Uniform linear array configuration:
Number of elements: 32
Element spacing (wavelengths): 0.5
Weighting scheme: uniform
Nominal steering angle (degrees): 15
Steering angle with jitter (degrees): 13.425
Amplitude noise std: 0.05
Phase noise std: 0.05

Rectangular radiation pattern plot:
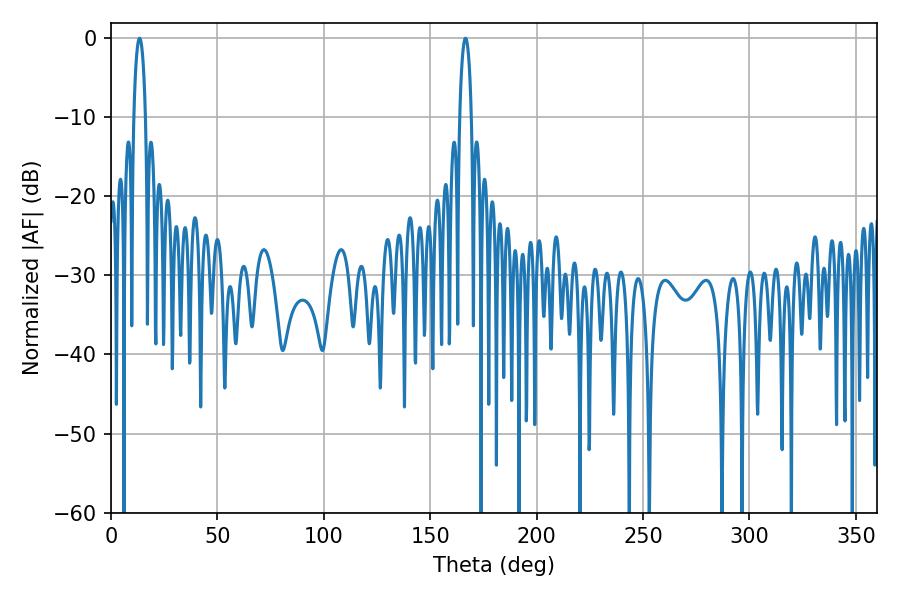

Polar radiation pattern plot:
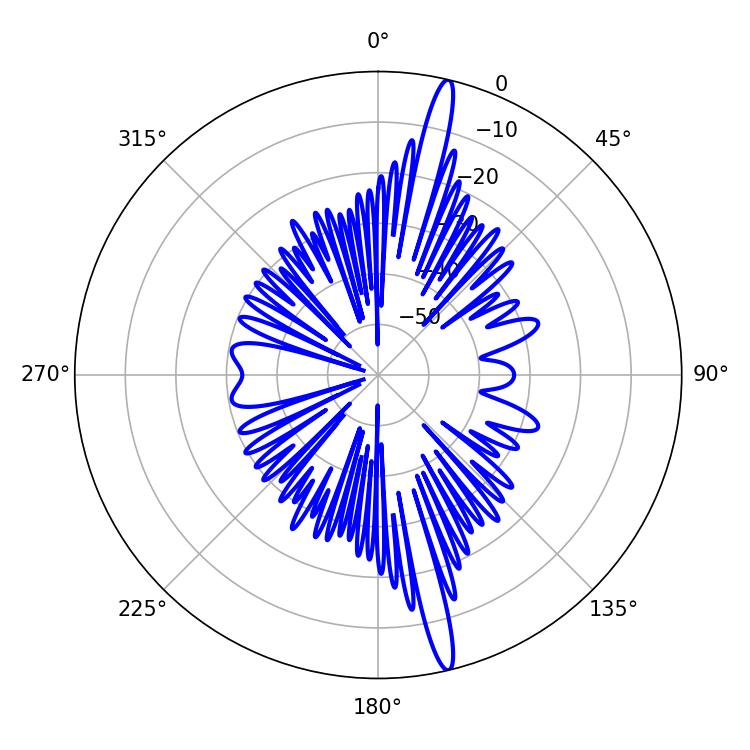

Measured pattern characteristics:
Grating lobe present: FALSE
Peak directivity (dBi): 18.266
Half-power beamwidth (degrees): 3.06
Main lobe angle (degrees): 13.5